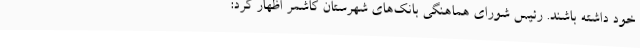
خود داشته باشند. رئیس شورای هماهنگی بانک‌های شهرستان کاشمر اظهار کرد: